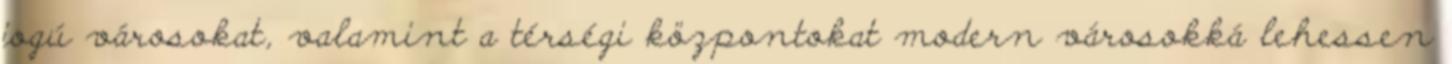
jogú városokat, valamint a térségi központokat modern városokká lehessen